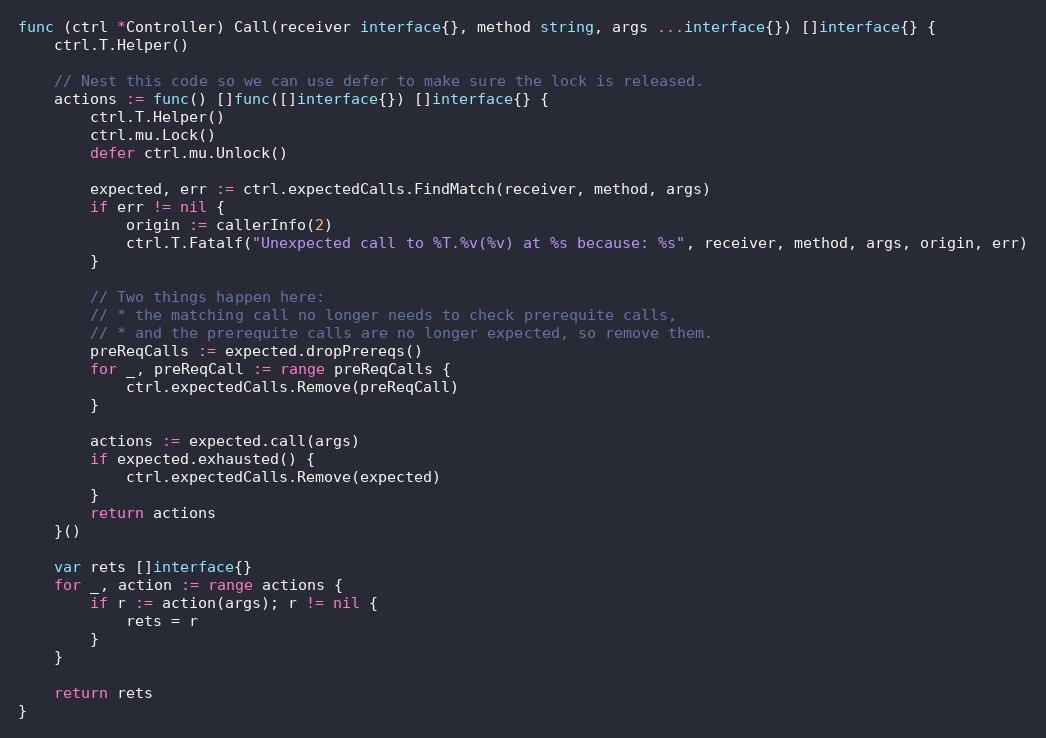
Language: Go
func (ctrl *Controller) Call(receiver interface{}, method string, args ...interface{}) []interface{} {
	ctrl.T.Helper()

	// Nest this code so we can use defer to make sure the lock is released.
	actions := func() []func([]interface{}) []interface{} {
		ctrl.T.Helper()
		ctrl.mu.Lock()
		defer ctrl.mu.Unlock()

		expected, err := ctrl.expectedCalls.FindMatch(receiver, method, args)
		if err != nil {
			origin := callerInfo(2)
			ctrl.T.Fatalf("Unexpected call to %T.%v(%v) at %s because: %s", receiver, method, args, origin, err)
		}

		// Two things happen here:
		// * the matching call no longer needs to check prerequite calls,
		// * and the prerequite calls are no longer expected, so remove them.
		preReqCalls := expected.dropPrereqs()
		for _, preReqCall := range preReqCalls {
			ctrl.expectedCalls.Remove(preReqCall)
		}

		actions := expected.call(args)
		if expected.exhausted() {
			ctrl.expectedCalls.Remove(expected)
		}
		return actions
	}()

	var rets []interface{}
	for _, action := range actions {
		if r := action(args); r != nil {
			rets = r
		}
	}

	return rets
}